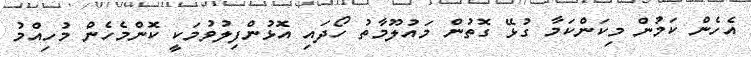
އެހެން ކަމުން މިކަންކަމާ ގުޅޭ ގޮތުން މައުލޫމާތު ހޯދައި އޮޅުންފިލުވުމަކީ ކޮންމެހެން މުހިއްމު